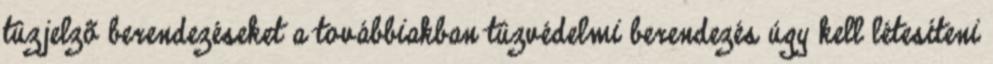
tûzjelzõ berendezéseket a továbbiakban tûzvédelmi berendezés úgy kell létesíteni